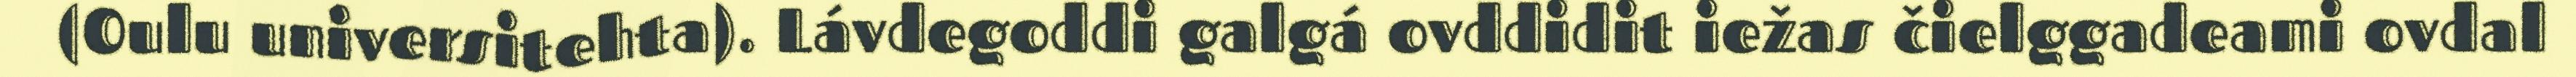
(Oulu universitehta). Lávdegoddi galgá ovddidit iežas čielggadeami ovdal